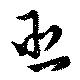
丞